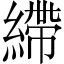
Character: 𦄂